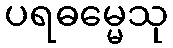
ပရဓမ္မေသု